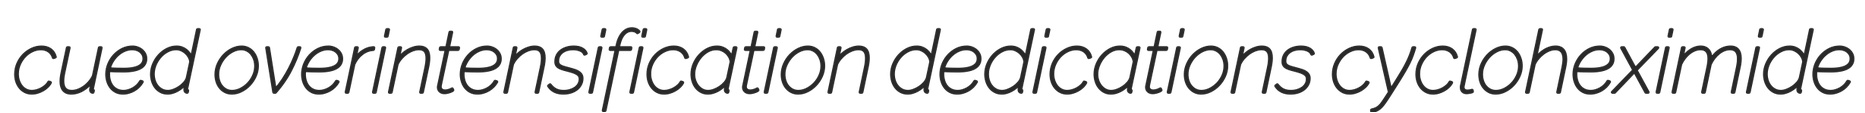
cued overintensification dedications cycloheximide